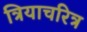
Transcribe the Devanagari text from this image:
त्रियाचरित्र